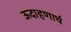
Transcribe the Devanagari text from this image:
ऊदाहणार्थ